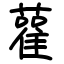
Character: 雚